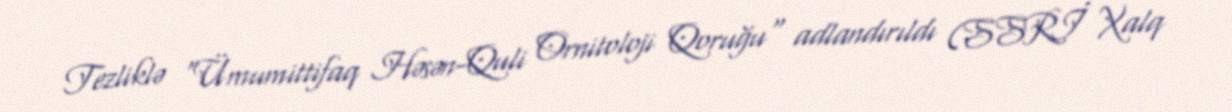
Tezliklə "Ümumittifaq Həsən-Quli Ornitoloji Qoruğu" adlandırıldı (SSRİ Xalq